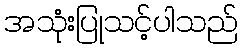
အသုံးပြုသင့်ပါသည်